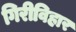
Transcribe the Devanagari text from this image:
गिरीविहार